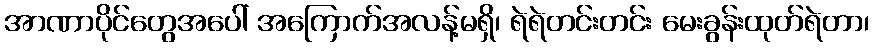
အာဏာပိုင်တွေအပေါ် အကြောက်အလန့်မရှိ၊ ရဲရဲတင်းတင်း မေးခွန်းထုတ်ရဲတာ၊